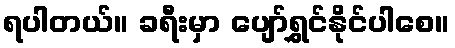
ရပါတယ်။ ခရီးမှာ ပျော်ရွှင်နိုင်ပါစေ။